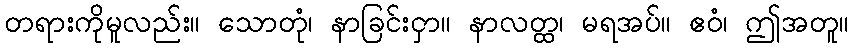
တရားကိုမူလည်း။ သောတုံ၊ နာခြင်းငှာ။ နာလတ္ထ၊ မရအပ်။ ဧဝံ၊ ဤအတူ။